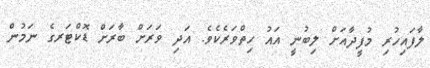
ލާފައިހުރި މުފީދާއަށް ލިބުނީ އައު ހިތްވަރެކެވެ. އަދި ވަރަށް ބާރަށް ޑޮކްޓަރގެ ނަމުން